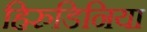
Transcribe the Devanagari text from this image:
हिरुडिनिया